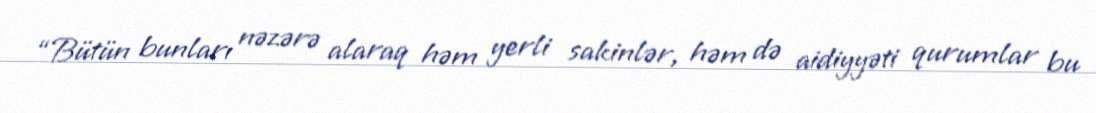
“Bütün bunları nəzərə alaraq həm yerli sakinlər, həm də aidiyyəti qurumlar bu